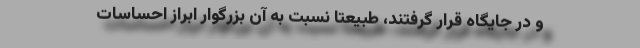
و در جایگاه قرار گرفتند، طبیعتاً نسبت به آن بزرگوار ابراز احساسات